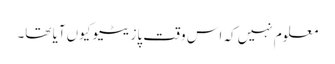
معلوم نہیں کہ اس وقت پازیٹیو کیوں آیا تھا۔